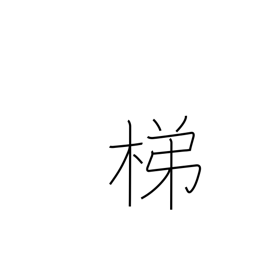
Meaning: insatiable drinking